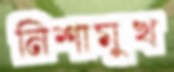
নিশামুখ